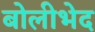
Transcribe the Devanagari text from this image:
बोलीभेद